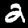
Digit: 2